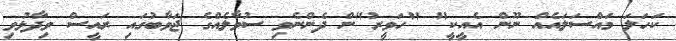
ކަހަލަ މައްސަލައެއް ނޫން އެއީކީ" "ހަވީރު"ން ދެންނެވި ސުވާލެއްގެ ޖަވާބުގައި ރައީސް ވިދާޅުވި